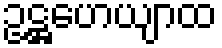
ဥဋ္ဌဟေယျာထ